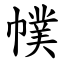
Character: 幞